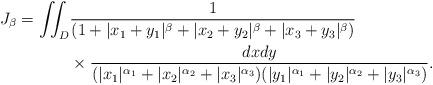
LaTeX: \begin{align*}J_{\beta}=\iint_{D}&\frac{1}{(1+|x_1+y_1|^{\beta}+|x_2+y_2|^{\beta}+|x_3+y_3|^{\beta})}\\&\times\frac{dxdy}{(|x_1|^{\alpha_1}+|x_2|^{\alpha_2}+|x_3|^{\alpha_3})(|y_1|^{\alpha_1}+|y_2|^{\alpha_2}+|y_3|^{\alpha_3})}.\end{align*}